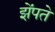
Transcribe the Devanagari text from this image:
झेंपते